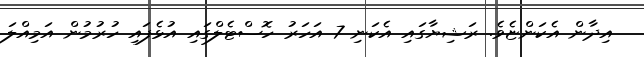
އިދާން އެކަންޏެވެ. ރަޝިޔާގައި އެކަނި 7 އަހަރު ހޮސްޓެލްގައި އުޅެފައި ހުރުމުން އަމިއްލަ